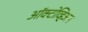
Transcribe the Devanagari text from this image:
ऑक्टोव्हिअन